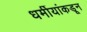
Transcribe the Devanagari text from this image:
धर्मीयांकडून